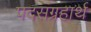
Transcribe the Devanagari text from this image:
पदसंग्रहार्थ